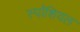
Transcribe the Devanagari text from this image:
स्पॉशियल